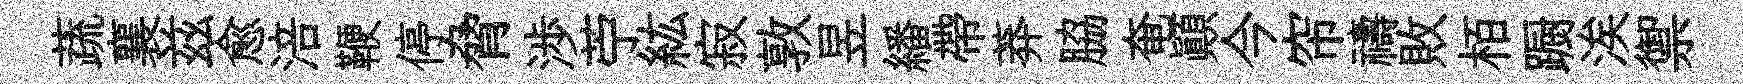
蔬襄兹愈涪鞭停脅渉苧紘寂敦昱繙帶莽脇奄顚今帘禱敗栢蹰涘禦